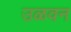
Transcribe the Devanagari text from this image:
उळवन